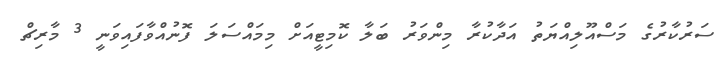
ސަރުކާރުގެ މަސްއޫލިއްޔަތު އަދާކުރާ މިންވަރު ބަލާ ކޮމިޓީއަށް މިމައްސަލަ ފޮނުއްވާފައިވަނީ 3 މާރިޗް